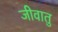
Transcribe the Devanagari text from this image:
जीवातु